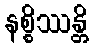
နစ္စိဿန္တိ